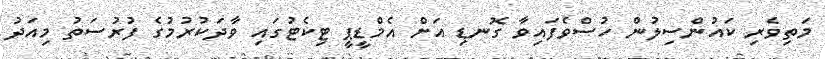
މަތިވެރި ކައުންސިލުން ހުސްވެފައިވާ ގޮނޑި އަށް އެމްޑީޕީ ޓިކެޓުގައި ވާދަކުރުމުގެ ފުރުސަތު މިއަދު